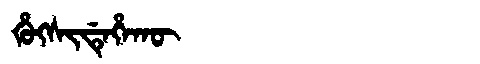
Manchu: ᡥᡠᡴᠰᡳᡩᡝᡥᠠᡴᡡ
Romanization: HUKSIDEHAKŪ